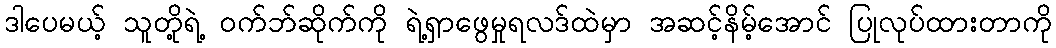
ဒါပေမယ့် သူတို့ရဲ့ ဝက်ဘ်ဆိုက်ကို ရဲ့ရှာဖွေမှုရလဒ်ထဲမှာ အဆင့်နိမ့်အောင် ပြုလုပ်ထားတာကို